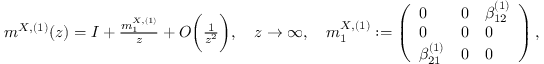
\begin{array} { r } { m ^ { X , ( 1 ) } ( z ) = I + \frac { m _ { 1 } ^ { X , ( 1 ) } } { z } + O \biggl ( \frac { 1 } { z ^ { 2 } } \biggr ) , \quad z \to \infty , \quad m _ { 1 } ^ { X , ( 1 ) } : = \left( \begin{array} { l l l } { 0 } & { 0 } & { \beta _ { 1 2 } ^ { ( 1 ) } } \\ { 0 } & { 0 } & { 0 } \\ { \beta _ { 2 1 } ^ { ( 1 ) } } & { 0 } & { 0 } \end{array} \right) , } \end{array}